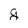
Character: g